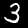
Digit: 3